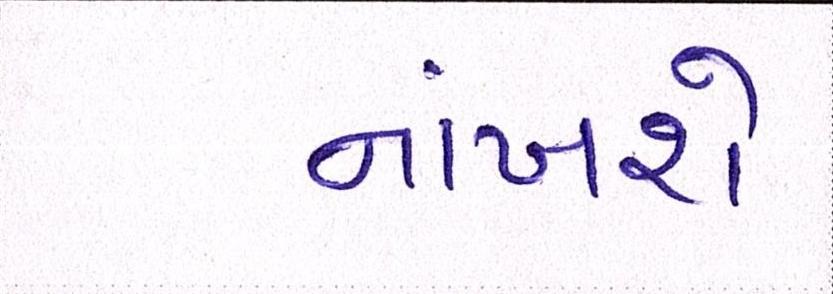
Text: નાંખશે